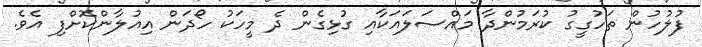
ފުލުހުން ތަހުގީގު ކުރަމުންދާ މައްސަލައަކާއި ގުޅިގެން ދެ މީހަކު ހޯދަން އިއުލާންކޮށްފި އެވެ.